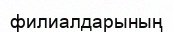
филиалдарының